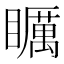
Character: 矋